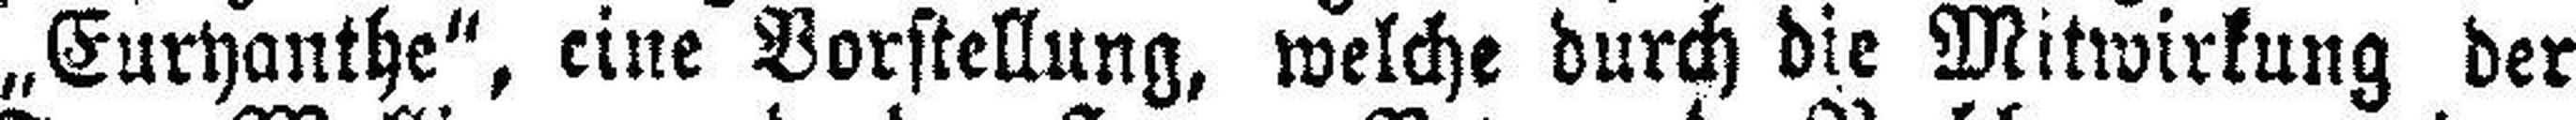
„Euryanthe“, eine Vorstellung, welche durch die Mitwirkung der